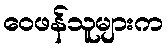
ဝေဖန်သူများက